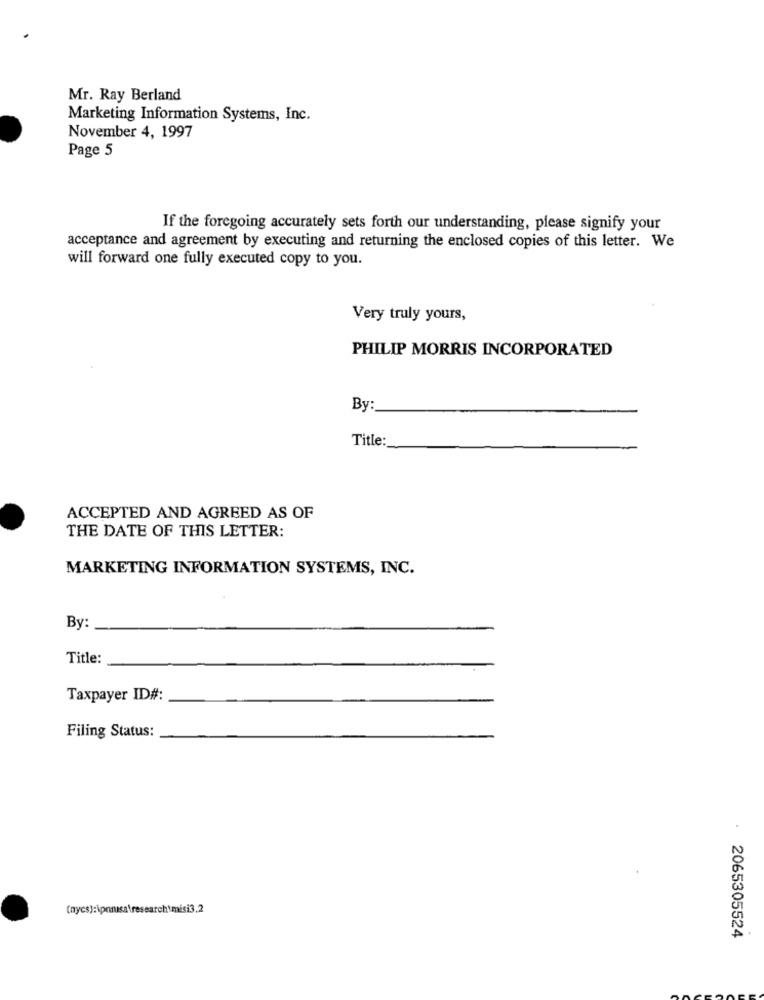
Mr. Ray Berland
Marketing Information Systems, Inc.
November 4, 1997
Page 5
If the foregoing accurately sets forth our understanding, please signify your
acceptance and agreement by executing and returning the enclosed copies of this letter. We
will forward one fully executed copy to you.
Very truly yours,
PHILIP MORRIS INCORPORATED
By:
Title:
ACCEPTED AND AGREED AS OF
THE DATE OF THIS LETTER:
MARKETING INFORMATION SYSTEMS, INC.
By:
Title:
Taxpayer ID#:
Filing Status:
(nycs):\pnnasa\research\misi3.2
2065305524